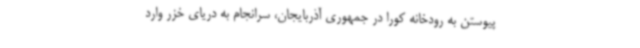
پیوستن به رودخانه کورا در جمهوری آذربایجان، سرانجام به دریای خزر وارد